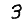
Digit: 3